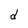
Character: S